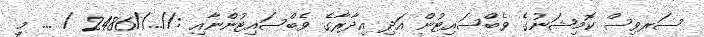
ސަރވިސް ކޮމިޝަނުގެ ވެބްސައިޓުން އަދި އިދާރާގެ ވެބްސައިޓުންނާއި ://...//2486 / ... މި